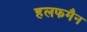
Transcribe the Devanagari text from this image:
हलफमैन